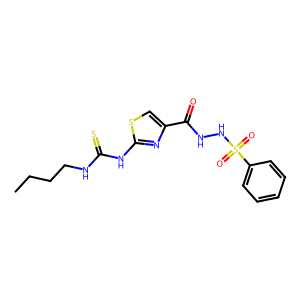
SMILES: CCCCNC(=S)Nc1nc(C(=O)NNS(=O)(=O)c2ccccc2)cs1
Inhibits HIV replication: No